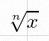
\sqrt[n]{x}